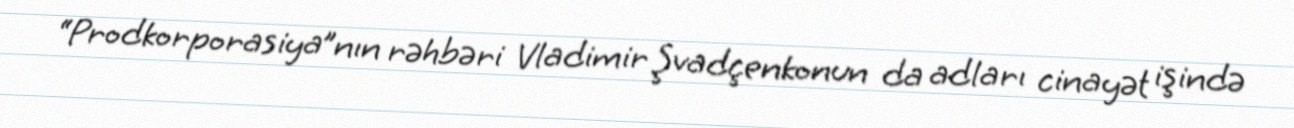
“Prodkorporasiya”nın rəhbəri Vladimir Şvadçenkonun da adları cinayət işində